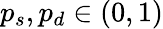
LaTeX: p_{s},p_{d}\in(0,1)